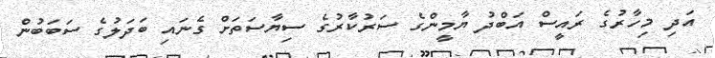
އަދި މިހާރުގެ ރައީސް އަބްދު ޔާމީންގެ ސަރުކާރުގެ ސިޔާސަތަށް ގެނައި ބަދަލުގެ ސަބަބުން